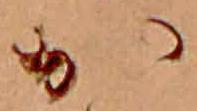
か